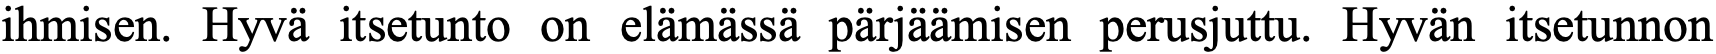
ihmisen. Hyvä itsetunto on elämässä pärjäämisen perusjuttu. Hyvän itsetunnon